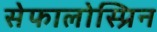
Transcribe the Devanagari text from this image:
सेफालोस्प्रिन